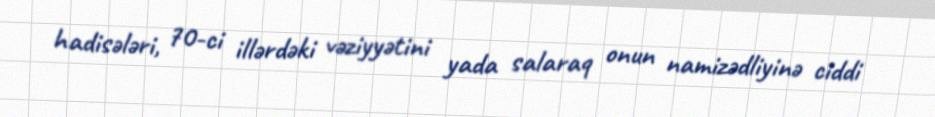
hadisələri, 70-ci illərdəki vəziyyətini yada salaraq onun namizədliyinə ciddi